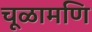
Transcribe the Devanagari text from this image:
चूळामणि